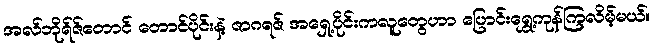
အလ်ဘိုရ်ဇ်တောင် တောင်ပိုင်းနဲ့ ဇာဂရဇ် အရှေ့ပိုင်းကလူတွေဟာ ပြောင်းရွှေ့ကုန်ကြလိမ့်မယ်။